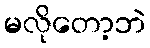
မလိုတော့ဘဲ